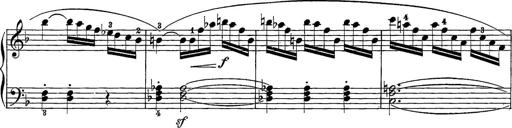
Title: 12 Sonatine per Pianoforte
Composer: Friedrich Kuhlau